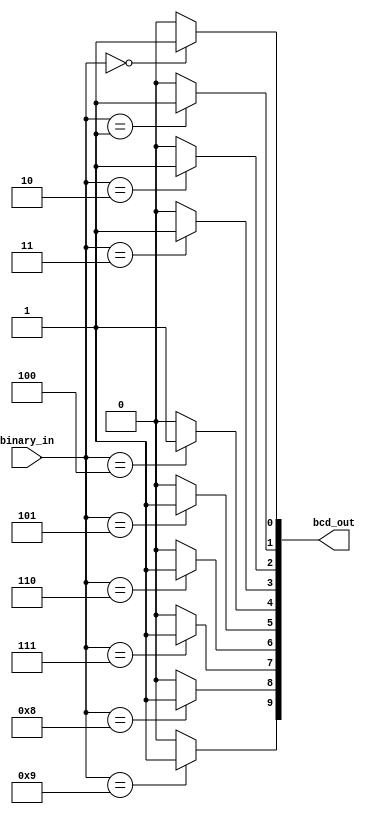
module BCD_decoder(
    input [3:0] binary_in,
    output [9:0] bcd_out
);

    assign bcd_out[0] = (binary_in == 4'b0000) ? 1'b1 : 1'b0;
    assign bcd_out[1] = (binary_in == 4'b0001) ? 1'b1 : 1'b0;
    assign bcd_out[2] = (binary_in == 4'b0010) ? 1'b1 : 1'b0;
    assign bcd_out[3] = (binary_in == 4'b0011) ? 1'b1 : 1'b0;
    assign bcd_out[4] = (binary_in == 4'b0100) ? 1'b1 : 1'b0;
    assign bcd_out[5] = (binary_in == 4'b0101) ? 1'b1 : 1'b0;
    assign bcd_out[6] = (binary_in == 4'b0110) ? 1'b1 : 1'b0;
    assign bcd_out[7] = (binary_in == 4'b0111) ? 1'b1 : 1'b0;
    assign bcd_out[8] = (binary_in == 4'b1000) ? 1'b1 : 1'b0;
    assign bcd_out[9] = (binary_in == 4'b1001) ? 1'b1 : 1'b0;

endmodule